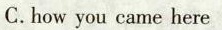
C. how you came here